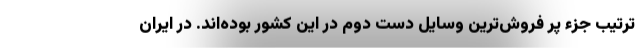
ترتیب جزء پر فروش‌ترین وسایل دست دوم در این کشور بوده‌اند. در ایران